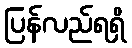
ပြန်လည်ရရှိ